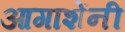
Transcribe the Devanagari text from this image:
आगाशेंनी